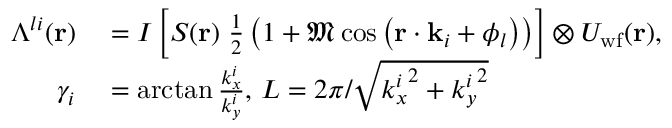
\begin{array} { r l } { \Lambda ^ { l i } ( \mathbf { r } ) } & { { } = I \left[ S ( \mathbf { r } ) \; \frac { 1 } { 2 } \left( 1 + \mathfrak { M } \cos \left( \mathbf { r } \cdot \mathbf { k } _ { i } + \phi _ { l } \right) \right) \right] \otimes U _ { \mathrm { w f } } ( \mathbf { r } ) , } \\ { \gamma _ { i } } & { { } = \arctan { \frac { k _ { x } ^ { i } } { k _ { y } ^ { i } } } , \, L = 2 \pi / \sqrt { { k _ { x } ^ { i } } ^ { 2 } + { k _ { y } ^ { i } } ^ { 2 } } } \end{array}